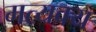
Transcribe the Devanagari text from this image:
मत्यक्य